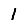
Digit: 1